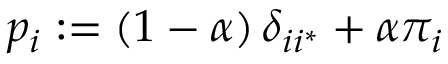
p _ { i } : = \left( 1 - \alpha \right) \delta _ { i i ^ { * } } + \alpha \pi _ { i }